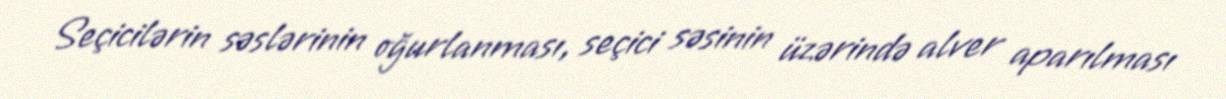
Seçicilərin səslərinin oğurlanması, seçici səsinin üzərində alver aparılması